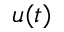
u ( t )